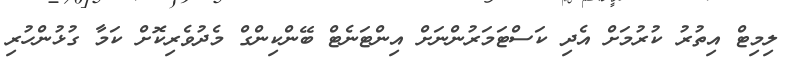
ލިމިޓް އިތުރު ކުރުމަށް އެދި ކަސްޓަމަރުންނަށް އިންޓަނެޓް ބޭންކިންގް މެދުވެރިކޮށް ކަމާ ގުޅުންހުރި